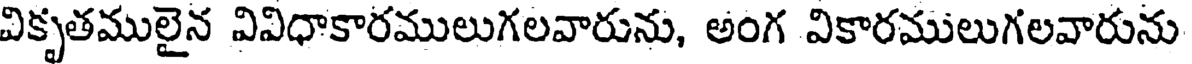
వికృతములైన వివిధాకారములుగలవారును, అంగ వికారములుగలవారును